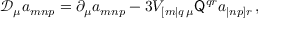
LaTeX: \mathcal { D } _ { \mu } a _ { m n p } = \partial _ { \mu } a _ { m n p } - 3 V _ { [ m | q \, \mu } \mathsf { Q } ^ { q r } a _ { | n p ] r } \, ,